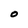
Character: O